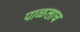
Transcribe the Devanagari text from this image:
पाळलाच